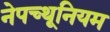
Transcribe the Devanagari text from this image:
नेपच्थूनियम